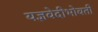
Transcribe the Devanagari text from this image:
यज्ञवेदीभोवती